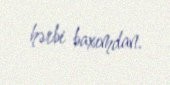
hərbi baxımdan.